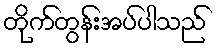
တိုက်တွန်းအပ်ပါသည်